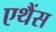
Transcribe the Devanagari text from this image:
एथैंस